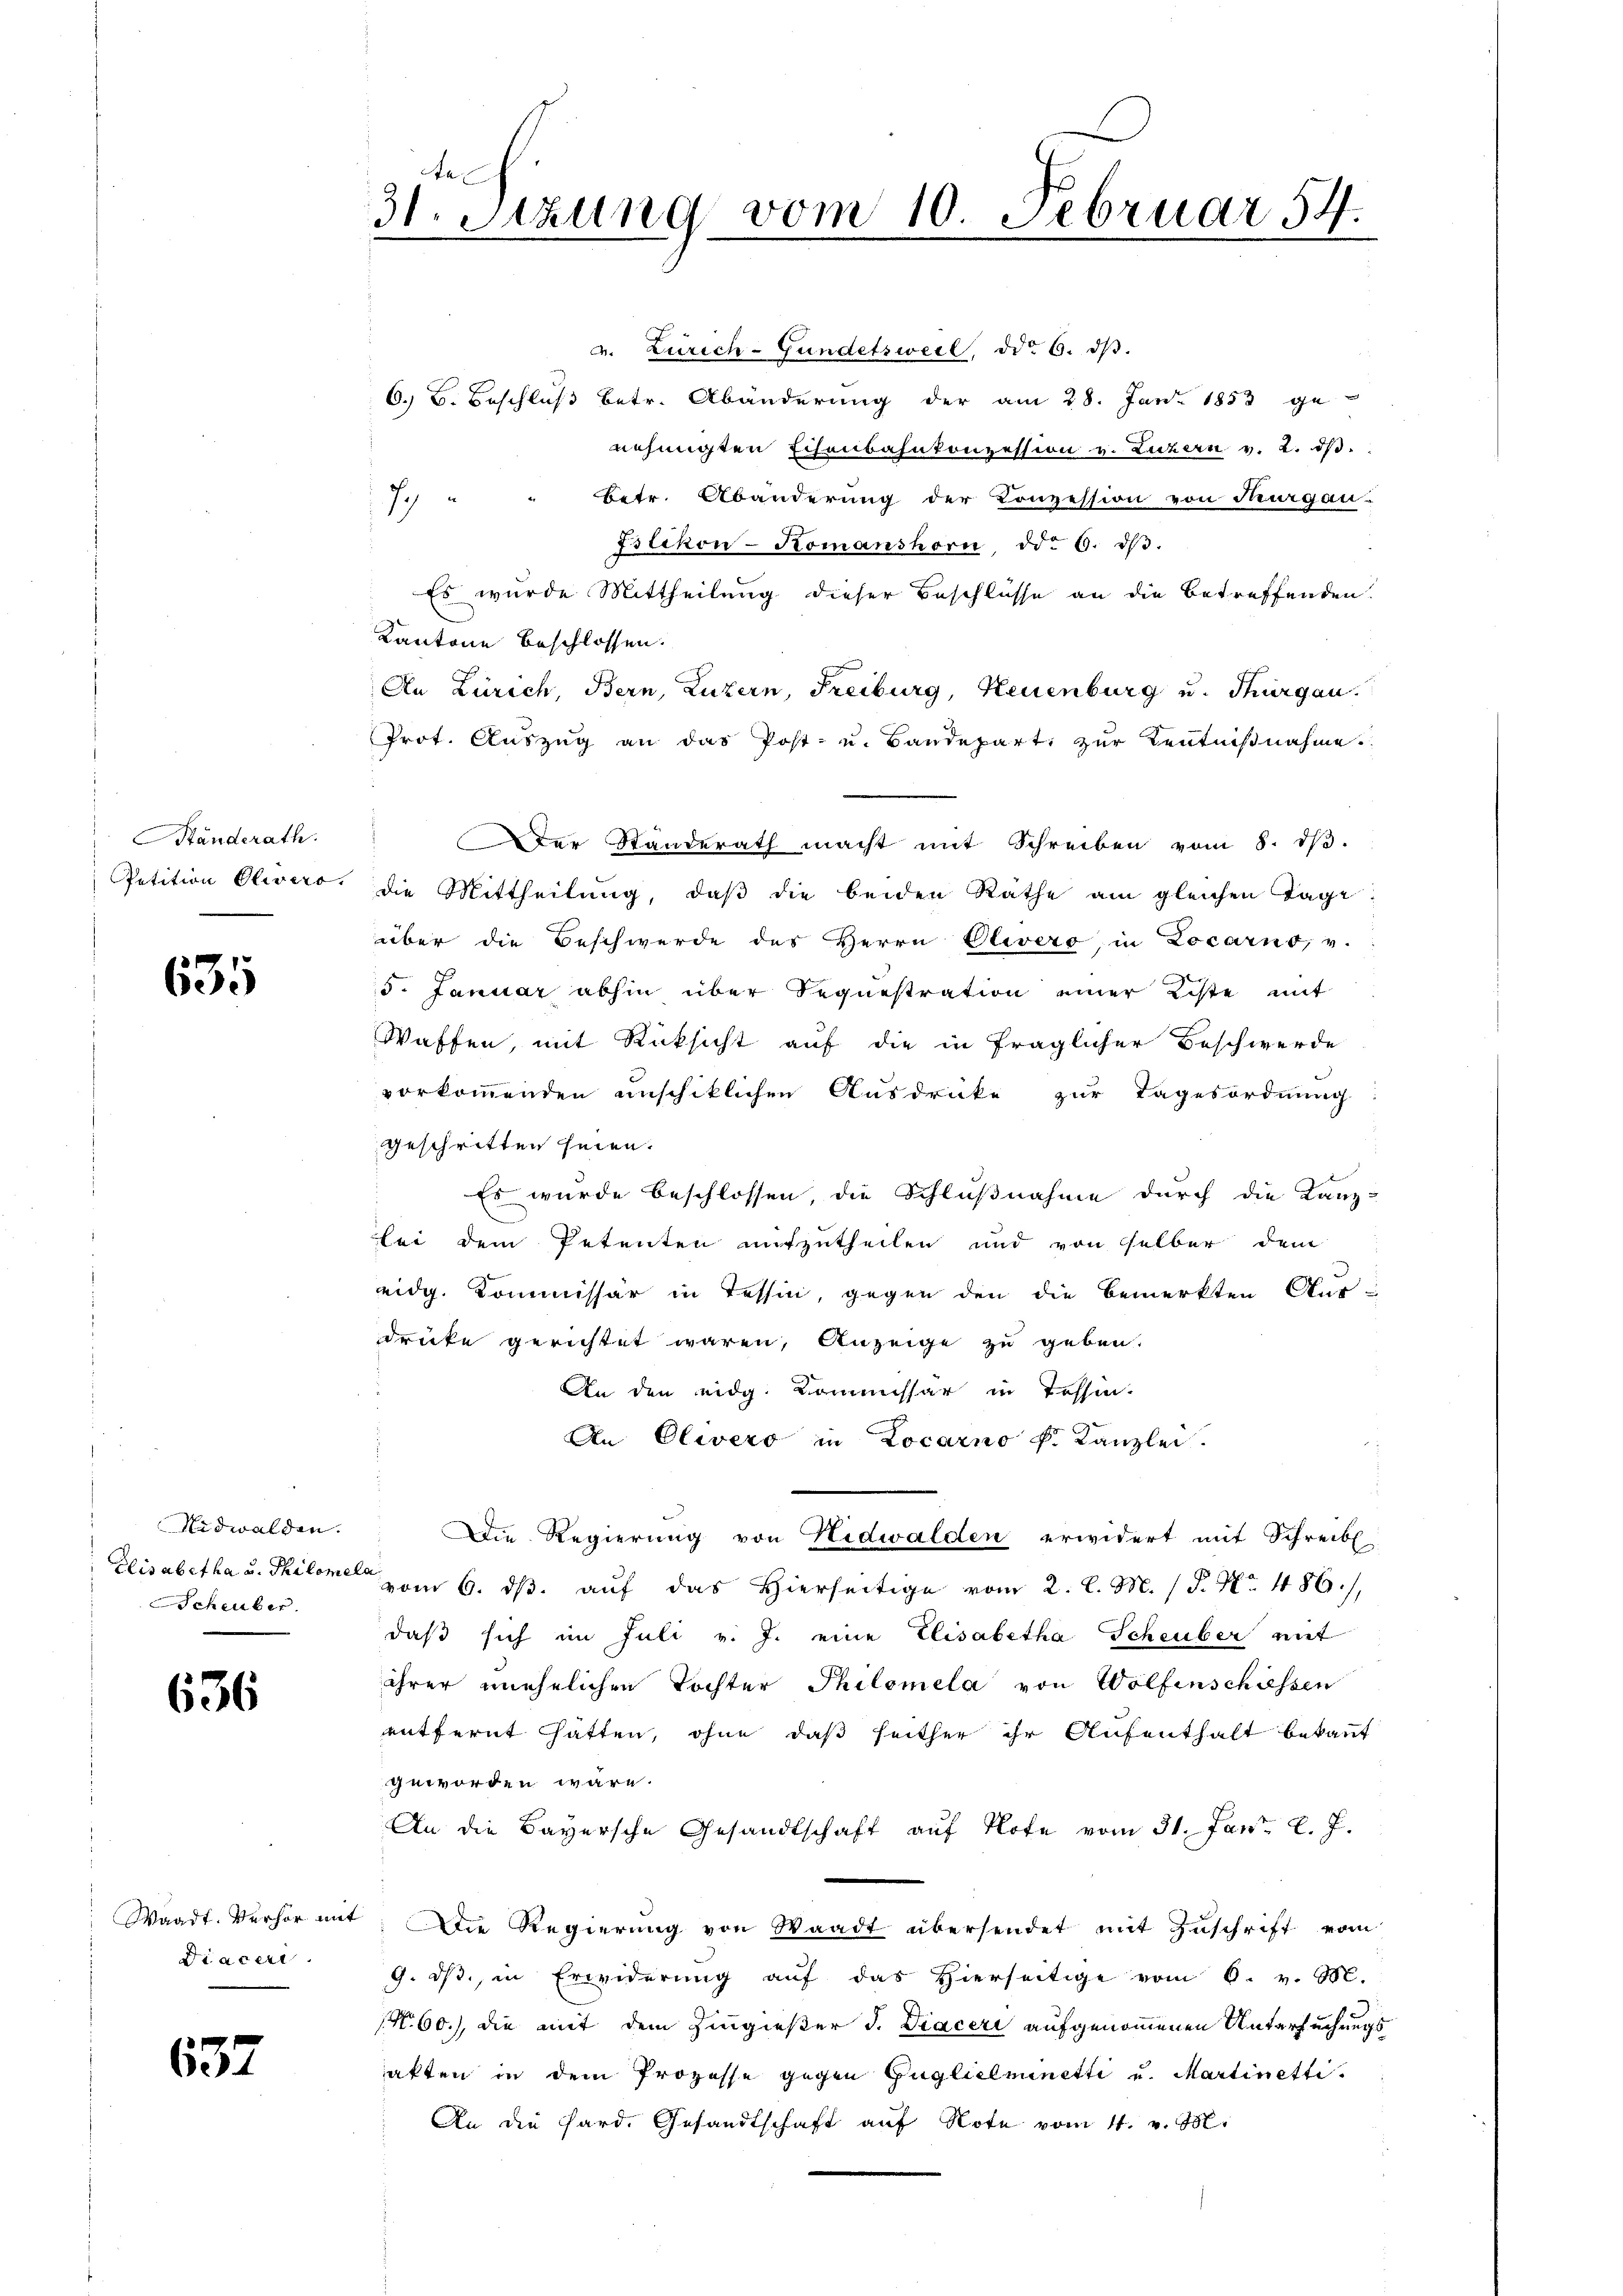
SStänderath.
Petition Olivers

635

Nidwalden.
Elisabetha u. Philom
Scheuber.

636

Waadt. Verhör mit
Diacer

657

te
31. Sitzung vom 10. Februar 54.
d

v. Zürich-Gundetsweil, ddo 6. dβ.
6. B. Beschluß betr. Abänderung der am 28. Juni 1853 genehmigten Eisenbahnkonzession v. Luzern v. 2. dβ.
Betr. Abänderung der Conzession von Thurgau-
7
Eslikon-Romanshorn ddo 6. dβ.
Es wurde Mittheilung dieser Beschlüsse an die betreffenden!
Kantone beschlossen.
An Zürich, Bern, Luzern, Freiburg, Neuenburg u. Thorgen.
Prot. Aŭszŭg an das Post- u. Bandepart, zur Kentnißnahme.
Der Standerath macht mit Schreiben vom 8. dβ.
die Mittheilung, daß die beiden Rathe am gleichen Tage
über die Beschwerde des Herrn Olivero in Locarno, v.
5. Januar abhin über Sequestration einer Liste mit
Waffen, mit Rücksicht auf die in fraglicher Beschwerde
vorkommenden unschiklichen Ausdrücke zur Tagesordnung
geschritten seien.
Es wurde beschlossen, die Schlußnahme durch die Lanz-
bei dem Petenten mitzutheilen und von selber dem
eidg. Kommissär in Tessin, gegen den die bemerkten Aus-
drücke gerichtet waren, Anzeige zu geben.
An den eidg. Kommissar in Tessin
An Olivero in Locarno k. Kanzlei.
Die Regierung von Nidwalden erwidert mit Schreibe
La
vom 6. ds. auf das Hierseitige vom 2. l. M. 18. No. 486/
daß sich im Juli v. J. eine Elisabetha Scheuber mit
ihrer unehelichen Tochter Philomela von Wolfenschiessen
entfernt hatten, ohne daß seither ihr Aufenthalt bekannt
geworden wäre.
An die Bayersche Gesandtschaft auf Hofe vom 31. Jan. 8. 7.
; Die Regierung von Waadt übersendet mit Zuschrift vom
9. ds., in Erwiderung auf das Hierseitige vom 6. v. M.
N. 60.), die mit dem Zingießer J. Diaceri aufgenommenen Untersuchungs
akten in dem Prozesse gegen Guglielminetti u. Martinetti.
An die Pard. Gesandtschaft auf Note vom 4. v. M.